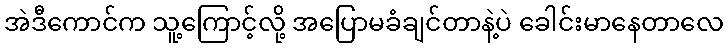
အဲဒီကောင်က သူ့ကြောင့်လို့ အပြောမခံချင်တာနဲ့ပဲ ခေါင်းမာနေတာလေ